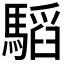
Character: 𩥅